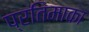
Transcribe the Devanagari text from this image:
प्रतिमाका